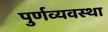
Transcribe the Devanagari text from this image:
पुर्णव्यवस्था